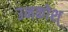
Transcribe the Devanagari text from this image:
उनकोश्